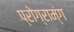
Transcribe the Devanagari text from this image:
प्रोग्राम्ंग